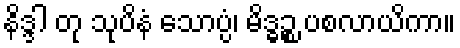
နိဒ္ဒါ တု သုပိနံ သောပ္ပံ၊ မိဒ္ဓဉ္စ ပစလာယိကာ။